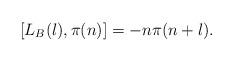
LaTeX: \begin{align*}[L_B(l),\pi(n)] = -n\pi(n+l).\end{align*}